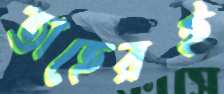
তাহেরই